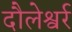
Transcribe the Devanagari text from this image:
दौलेश्वर्र